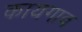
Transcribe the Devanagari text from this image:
कायगाव